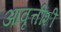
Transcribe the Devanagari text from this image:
आवृत्तींशी